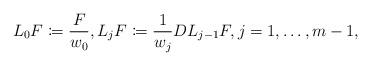
LaTeX: \begin{align*}L_0 F \coloneqq \frac{F}{w_0}, L_j F \coloneqq \frac{1}{w_j}D L_{j-1} F, j=1,\dots,m-1,\end{align*}